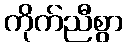
ကိုက်ညီစွာ